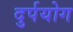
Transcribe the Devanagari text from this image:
दुर्पयोग